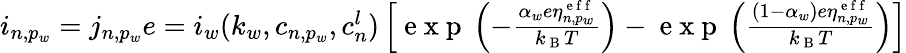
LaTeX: \begin{array}{r}{i_{n,p_{w}}=j_{n,p_{w}}e=i_{w}(k_{w},c_{n,p_{w}},c_{n}^{l})\left[\mathrm{~e~x~p~}\left(-\frac{\alpha_{w}e\eta_{n,p_{w}}^{\mathrm{~e~f~f~}}}{k_{\mathrm{~B~}}T}\right)-\mathrm{~e~x~p~}\left(\frac{(1-\alpha_{w})e\eta_{n,p_{w}}^{\mathrm{~e~f~f~}}}{k_{\mathrm{~B~}}T}\right)\right]}\end{array}